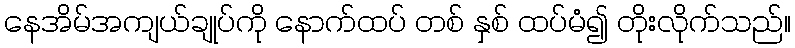
နေအိမ်အကျယ်ချုပ်ကို နောက်ထပ် တစ် နှစ် ထပ်မံ၍ တိုးလိုက်သည်။